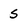
Character: S